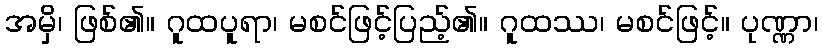
အမှိ၊ ဖြစ်၏။ ဂူထပူရာ၊ မစင်ဖြင့်ပြည့်၏။ ဂူထဿ၊ မစင်ဖြင့်။ ပုဏ္ဏာ၊